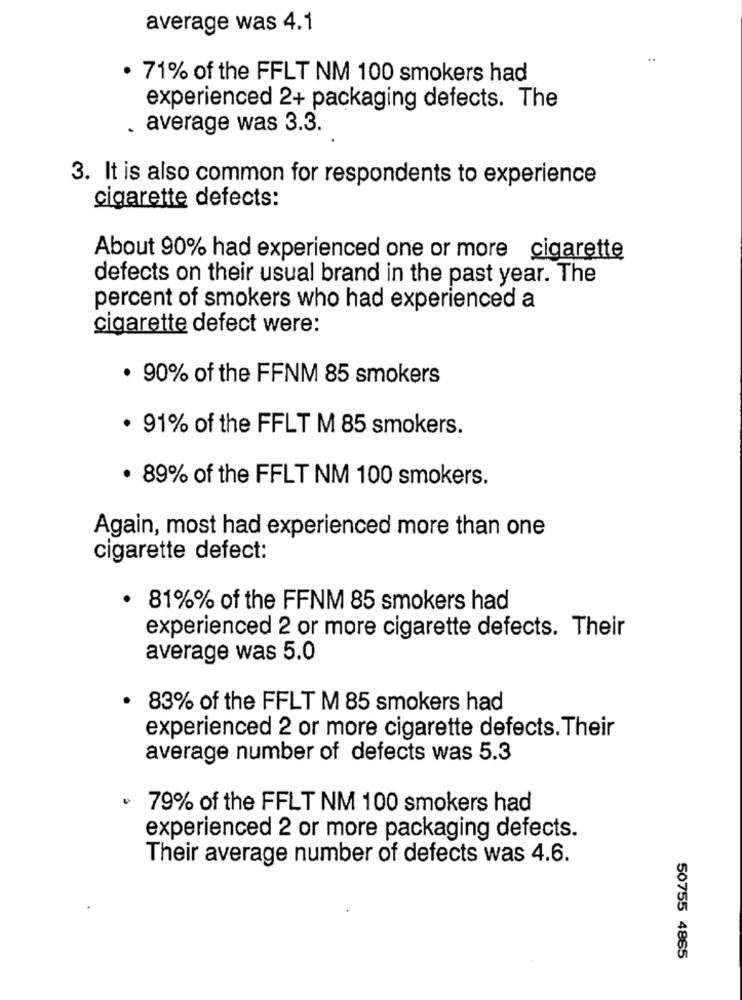
average was 4.1
..
· 71% of the FFLT NM 100 smokers had
experienced 2+ packaging defects. The
. average was 3.3.
3. It is also common for respondents to experience
cigarette defects:
About 90% had experienced one or more cigarette
defects on their usual brand in the past year. The
percent of smokers who had experienced a
cigarette defect were:
. 90% of the FFNM 85 smokers
. 91% of the FFLT M 85 smokers.
. 89% of the FFLT NM 100 smokers.
Again, most had experienced more than one
cigarette defect:
.
81%% of the FFNM 85 smokers had
experienced 2 or more cigarette defects. Their
average was 5.0
83% of the FFLT M 85 smokers had
experienced 2 or more cigarette defects. Their
average number of defects was 5.3
.
79% of the FFLT NM 100 smokers had
experienced 2 or more packaging defects.
Their average number of defects was 4.6.
50755 4865